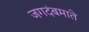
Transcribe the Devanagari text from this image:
जगदंबमाते